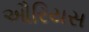
ઔરિયસ